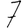
Digit: 7